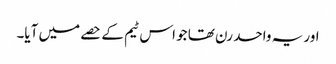
اور یہ واحد رن تھا جو اس ٹیم کے حصے میں آیا۔